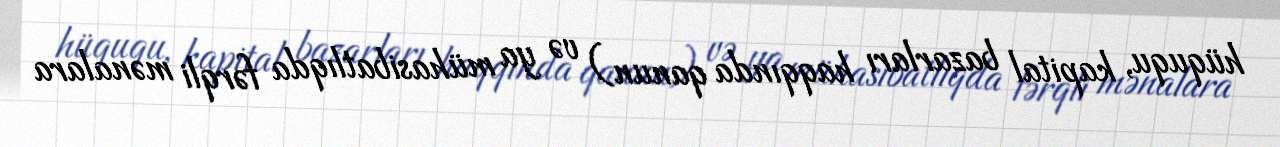
hüququ, kapital bazarları haqqında qanun) və ya mühasibatlıqda fərqli mənalara